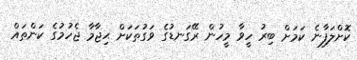
ކޮށްލަފާނެ ކަމަށް ބިރު ހީވާ މީހުން ރޭގަނޑުގެ ވަގުތަކަށް ޙިޖާމާ ޖެހުމުގެ ކަންތައް